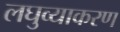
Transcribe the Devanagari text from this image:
लघुव्याकरण